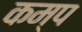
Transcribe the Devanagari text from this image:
कम्‍प